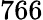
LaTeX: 766